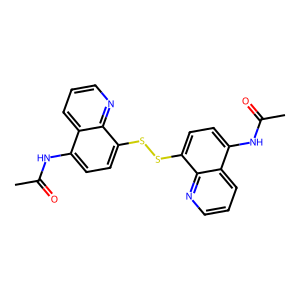
SMILES: CC(=O)Nc1ccc(SSc2ccc(NC(C)=O)c3cccnc23)c2ncccc12
Inhibits HIV replication: No